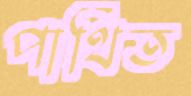
পার্থিত